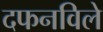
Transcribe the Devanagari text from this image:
दफनविले